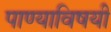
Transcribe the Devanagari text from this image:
पाण्याविषयी